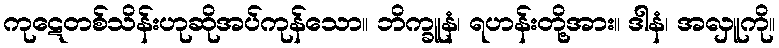
ကုဋေတစ်သိန်းဟုဆိုအပ်ကုန်သော။ ဘိက္ခူနံ၊ ရဟန်းတို့အား။ ဒါနံ၊ အလှူကို။